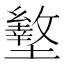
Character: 𰊿